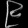
Digit: ၉